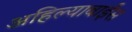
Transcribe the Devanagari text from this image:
अहिल्याबाईंस